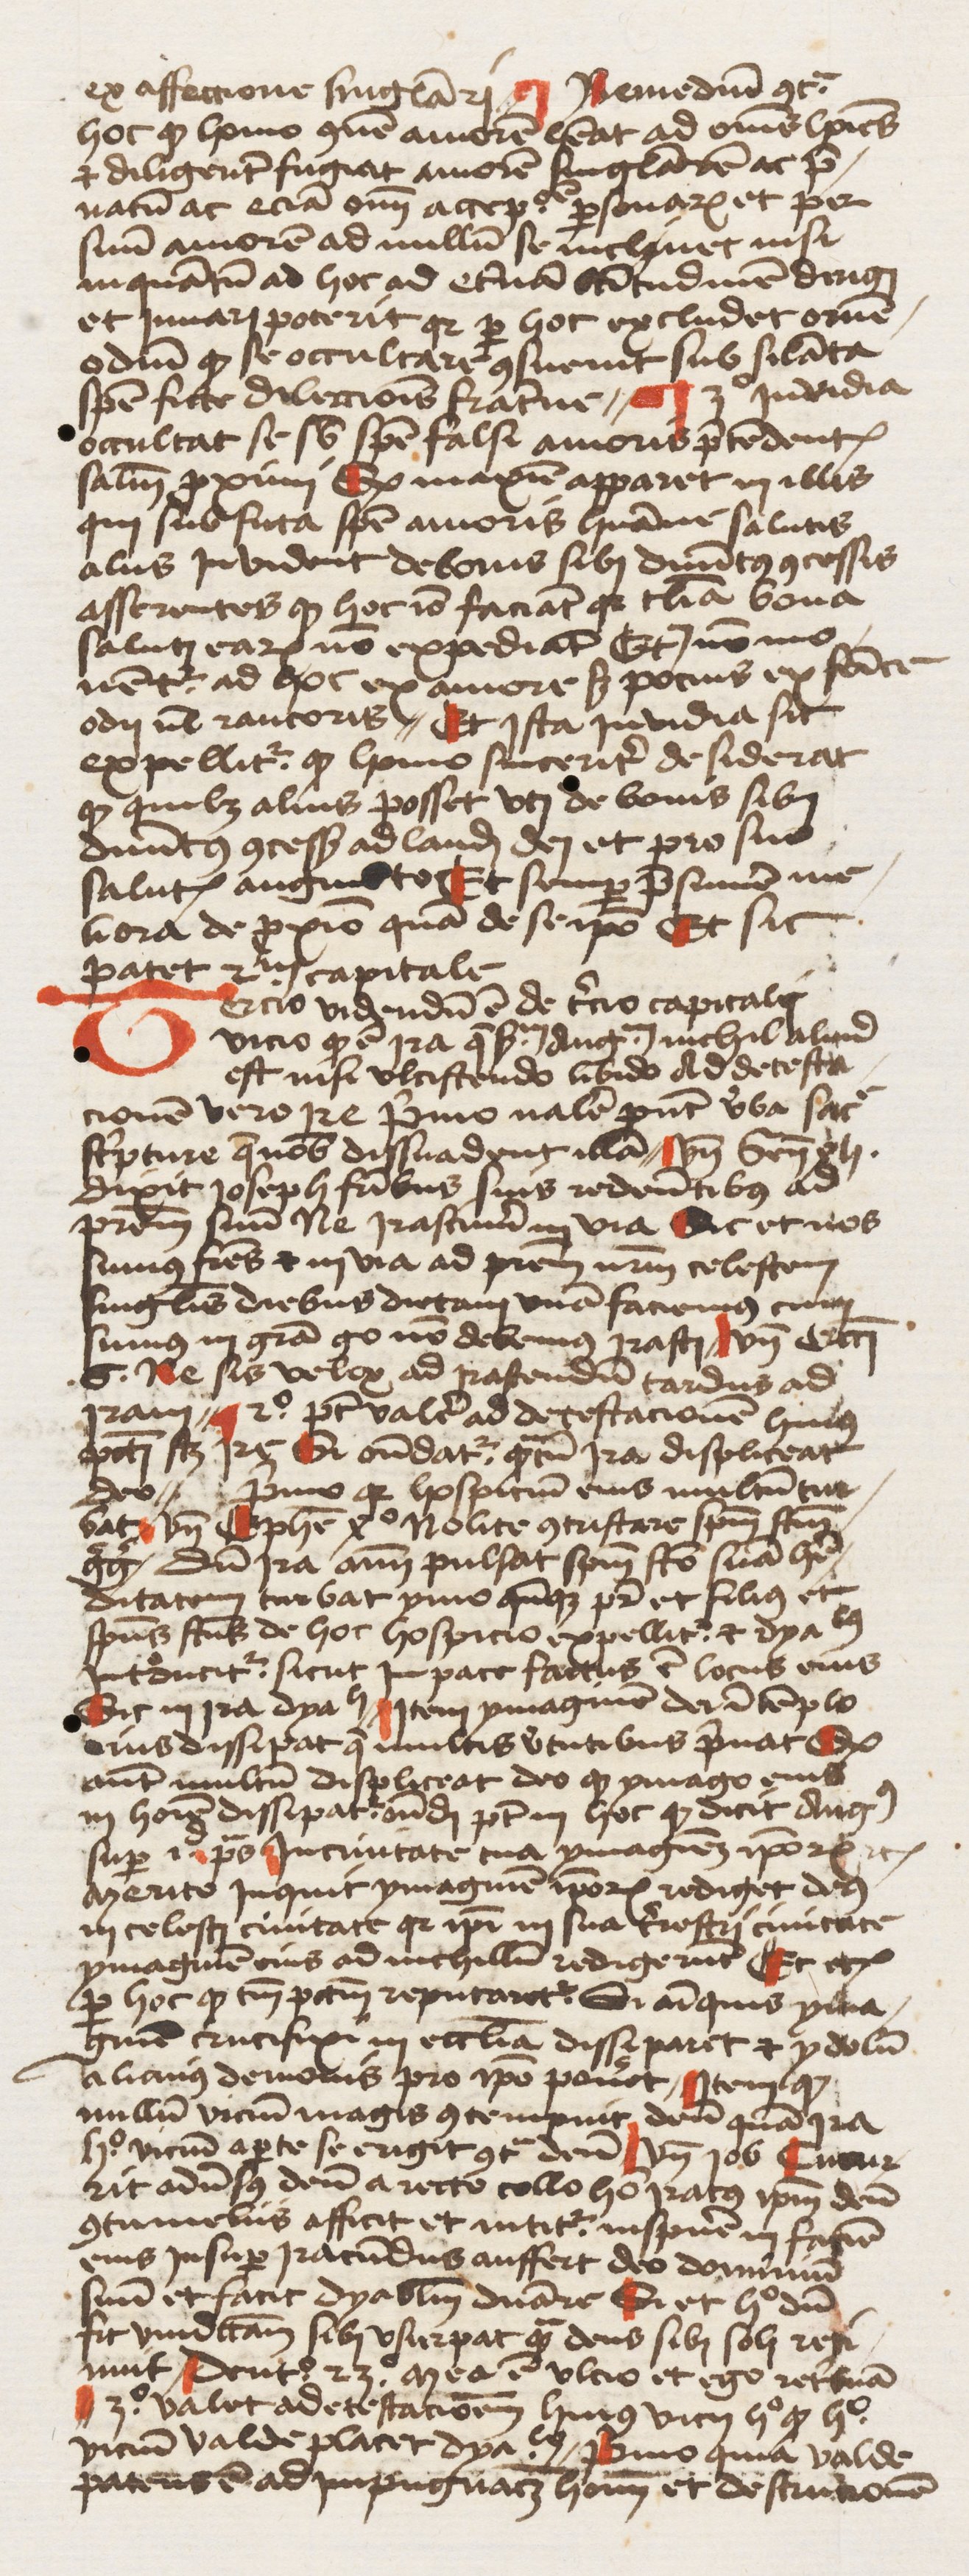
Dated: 1455–1455